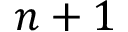
n + 1